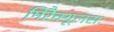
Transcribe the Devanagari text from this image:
मिरैक्यूलसः